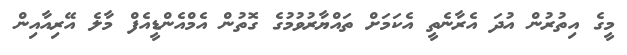
މީގެ އިތުރުން އުދަ އެރާނެތީ އެކަމަށް ތައްޔާރުވުމުގެ ގޮތުން އެމްއެންޑީއެފް މާލެ އޭރިއާއިން